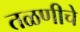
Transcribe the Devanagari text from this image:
तळणीचे